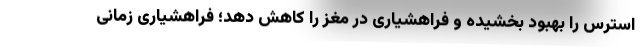
استرس را بهبود بخشیده و فراهشیاری در مغز را کاهش دهد؛ فراهشیاری زمانی